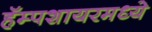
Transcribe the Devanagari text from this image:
हॅम्पशायरमध्ये